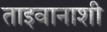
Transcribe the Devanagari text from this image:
ताइवानाशी